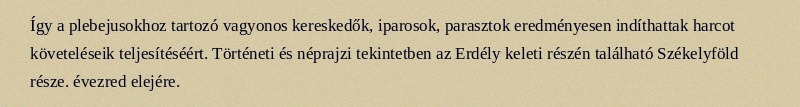
Így a plebejusokhoz tartozó vagyonos kereskedők, iparosok, parasztok eredményesen indíthattak harcot követeléseik teljesítéséért. Történeti és néprajzi tekintetben az Erdély keleti részén található Székelyföld része. évezred elejére.